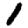
Digit: 1